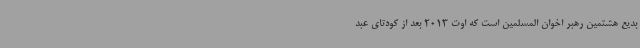
بدیع هشتمین رهبر اخوان المسلمین است که اوت 2013 بعد از کودتای عبد